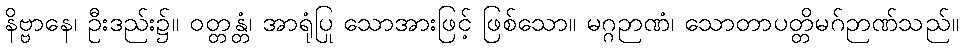
နိဗ္ဗာနေ၊ ဦးဒည်း၌။ ဝတ္တန္တံ၊ အာရုံပြု သောအားဖြင့် ဖြစ်သော။ မဂ္ဂဉာဏံ၊ သောတာပတ္တိမဂ်ဉာဏ်သည်။